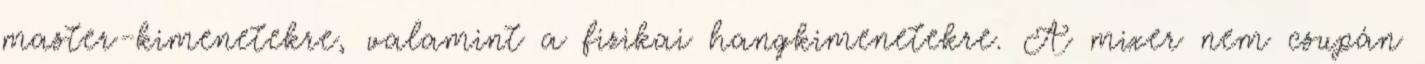
master-kimenetekre, valamint a fizikai hangkimenetekre. A mixer nem csupán